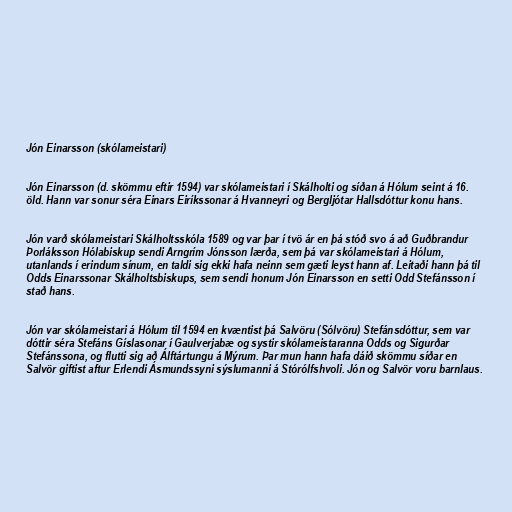
Jón Einarsson (skólameistari)

Jón Einarsson (d. skömmu eftir 1594) var skólameistari í Skálholti og síðan á Hólum seint á 16.
öld. Hann var sonur séra Einars Eiríkssonar á Hvanneyri og Bergljótar Hallsdóttur konu hans.

Jón varð skólameistari Skálholtsskóla 1589 og var þar í tvö ár en þá stóð svo á að Guðbrandur
Þorláksson Hólabiskup sendi Arngrím Jónsson lærða, sem þá var skólameistari á Hólum,
utanlands í erindum sínum, en taldi sig ekki hafa neinn sem gæti leyst hann af. Leitaði hann þá til
Odds Einarssonar Skálholtsbiskups, sem sendi honum Jón Einarsson en setti Odd Stefánsson í
stað hans.

Jón var skólameistari á Hólum til 1594 en kvæntist þá Salvöru (Sólvöru) Stefánsdóttur, sem var
dóttir séra Stefáns Gíslasonar í Gaulverjabæ og systir skólameistaranna Odds og Sigurðar
Stefánssona, og flutti sig að Álftártungu á Mýrum. Þar mun hann hafa dáið skömmu síðar en
Salvör giftist aftur Erlendi Ásmundssyni sýslumanni á Stórólfshvoli. Jón og Salvör voru barnlaus.